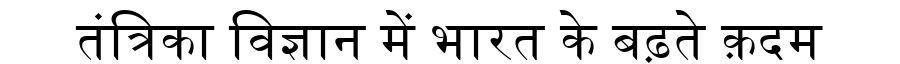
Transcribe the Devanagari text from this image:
तंत्रिका विज्ञान में भारत के बढ़ते क़दम